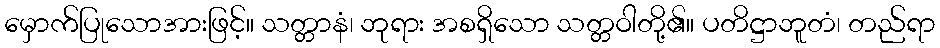
မှောက်ပြုသောအားဖြင့်။ သတ္တာနံ၊ ဘုရား အစရှိသော သတ္တဝါတို့၏။ ပတိဋ္ဌာဘူတံ၊ တည်ရာ